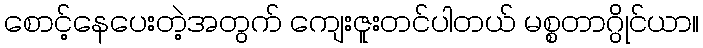
စောင့်နေပေးတဲ့အတွက် ကျေးဇူးတင်ပါတယ် မစ္စတာဂွိုင်ယာ။